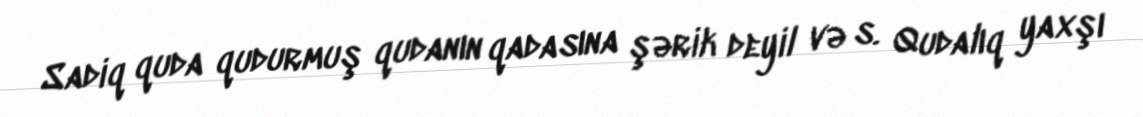
Sadiq quda qudurmuş qudanın qadasına şərik deyil və s. Qudalıq yaxşı